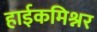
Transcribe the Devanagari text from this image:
हाईकमिश्नर